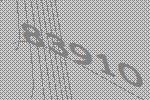
83910